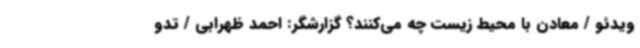
ویدئو / معادن با محیط زیست چه می‌کنند؟ گزارشگر: احمد ظهرابی / تدو